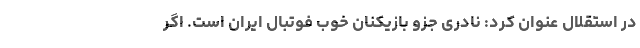
در استقلال عنوان کرد: نادری جزو بازیکنان خوب فوتبال ایران است. اگر